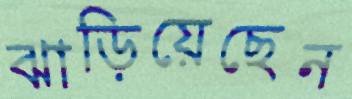
ঝাড়িয়েছেন